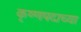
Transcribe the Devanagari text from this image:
कृष्णपदाच्या